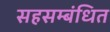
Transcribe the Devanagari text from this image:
सहसम्बंधित